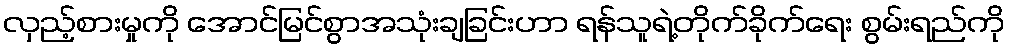
လှည့်စားမှုကို အောင်မြင်စွာအသုံးချခြင်းဟာ ရန်သူရဲ့တိုက်ခိုက်ရေး စွမ်းရည်ကို